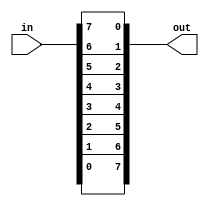
// Statement
// Vector Reversal
// Given an 8-bit input vector [7:0], reverse its bit ordering

// Solution
module top_module( 
    input [7:0] in,
    output [7:0] out
);
// here we can use the normal application
// example: out[0] = in[0] etc....
// here we solve using the string concatenation
    
	// using concatenation
	// while we using the assign out =  {in[7],in[6]...} we are assigning the in[0]=out[0]
	// we want to reverse so; int[0] = out[7]
    assign out = {in[0],in[1],in[2],in[3],in[4],in[5],in[6],in[7]};
endmodule